65_HS1-834228961_62-HQ-83894_Section_6
Agency: FBI
Page 271
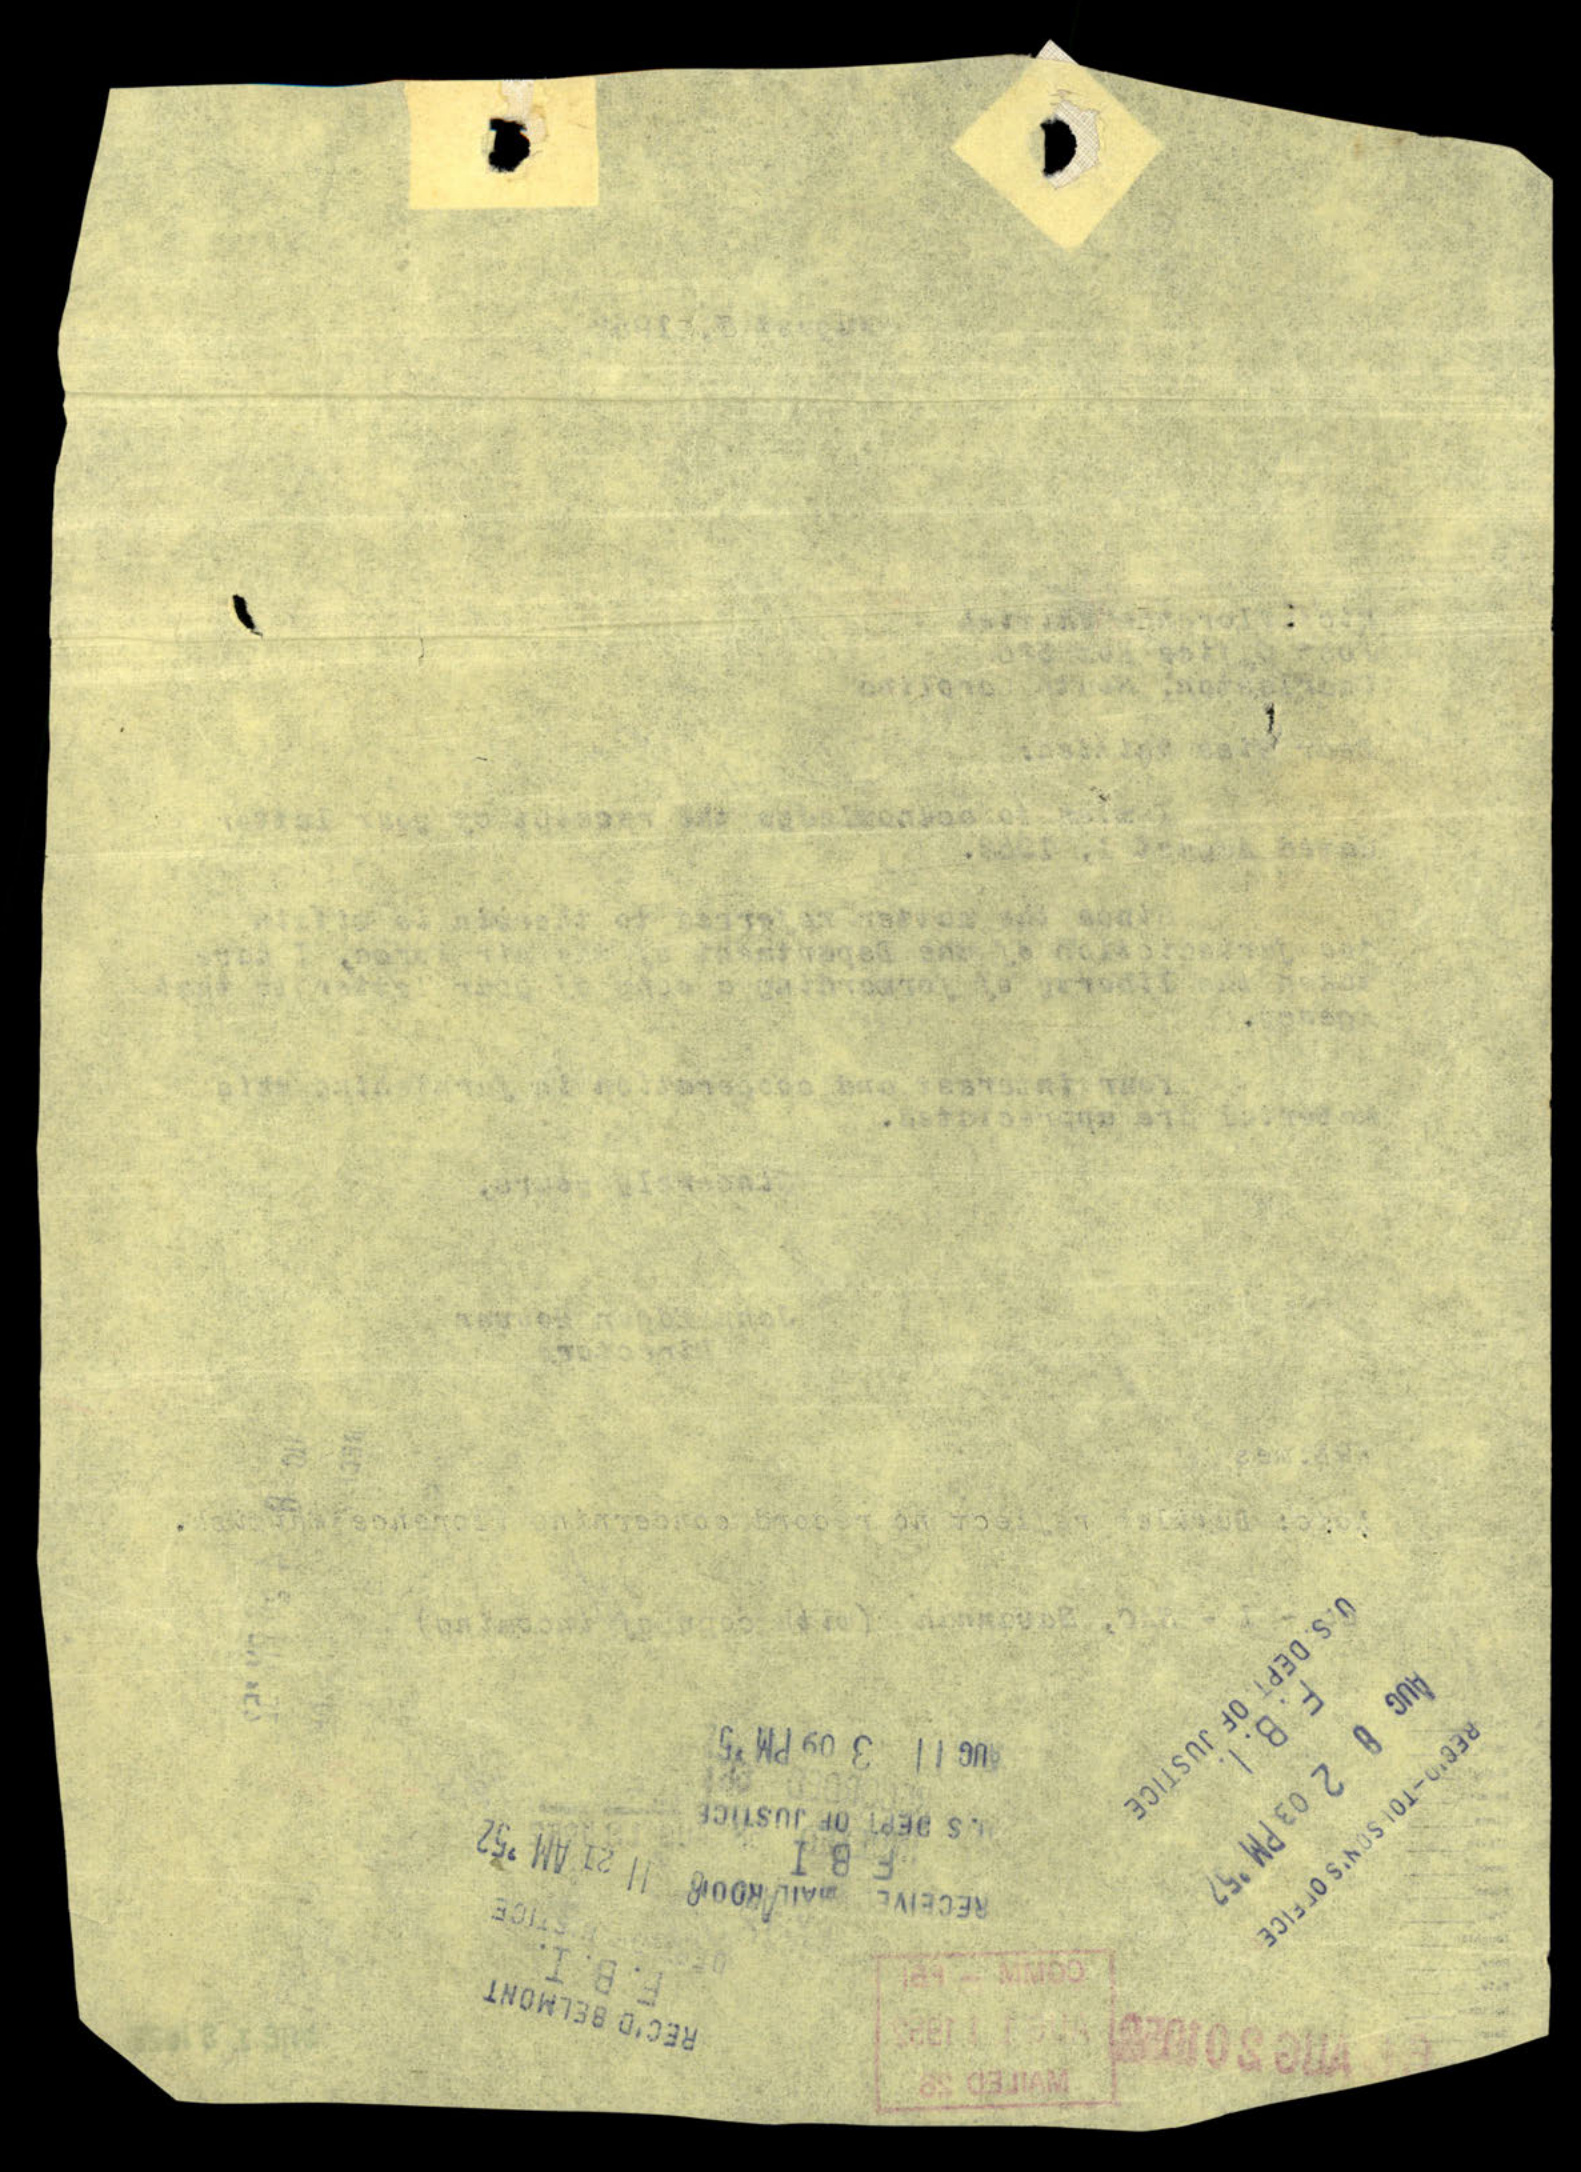